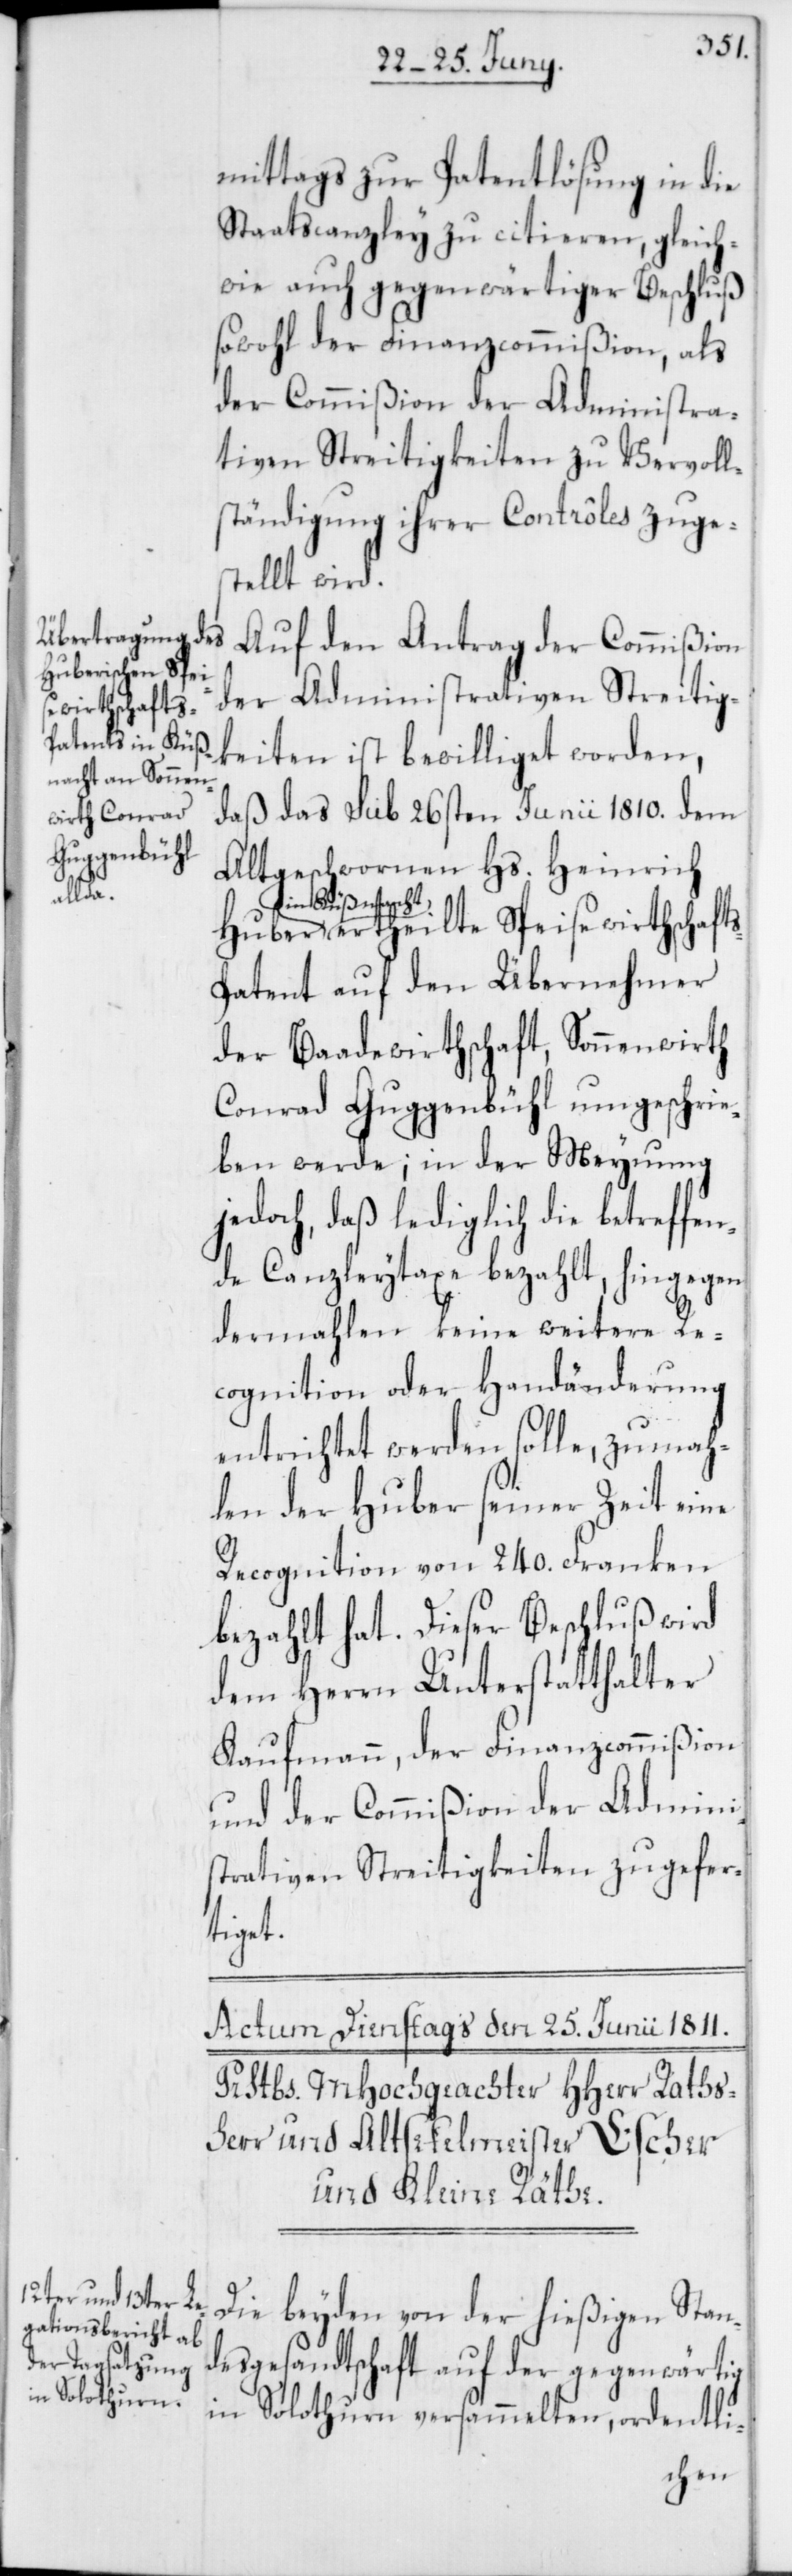
wirthschafts-P¬

mittags zur Patentlösung in die
Staatscanzley zu citieren, gleich¬
wie auch gegenwärtiger Beschluß
sowohl der Finanzcommißion, als
der Commißion der Administra¬
tiven Streitigkeiten zu Vervoll¬
ständigung ihrer Contrôles zuge¬
stellt wird.
Auf den Antrag der Commißion
der Administrativen Streitig¬
keiten ist bewilliget worden,
daß das sub 26sten Junii 1810. dem
Altgeschwornen Hs. Heinrich
eilte Speise¬
atent auf den Übernehmer
der Baadewirthschaft, Sonnenwirth
Conrad Guggenbühl umgeschrie¬
ben werde; in der Meynung
jedoch, daß lediglich die betreffen¬
de Canzleytaxe bezahlt, hingegen
dermahlen keine weitere Re¬
cognition oder Handänderung
entrichtet werden solle, zumah¬
len der Huber seiner Zeit eine
Recognition von 240. Franken
bezahlt hat. Dieser Beschluß wird
dem Herrn Unterstatthalter
Kaufmann, der Finanzcommißion
und der Commißion der Admini¬
strativen Streitigkeiten zugefer¬
tiget.
Die beyden von der hießigen Stan¬
desgesandtschaft auf der gegenwärtig
in Solothurn versammelten, ordentli-